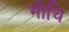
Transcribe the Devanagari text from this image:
मीचि